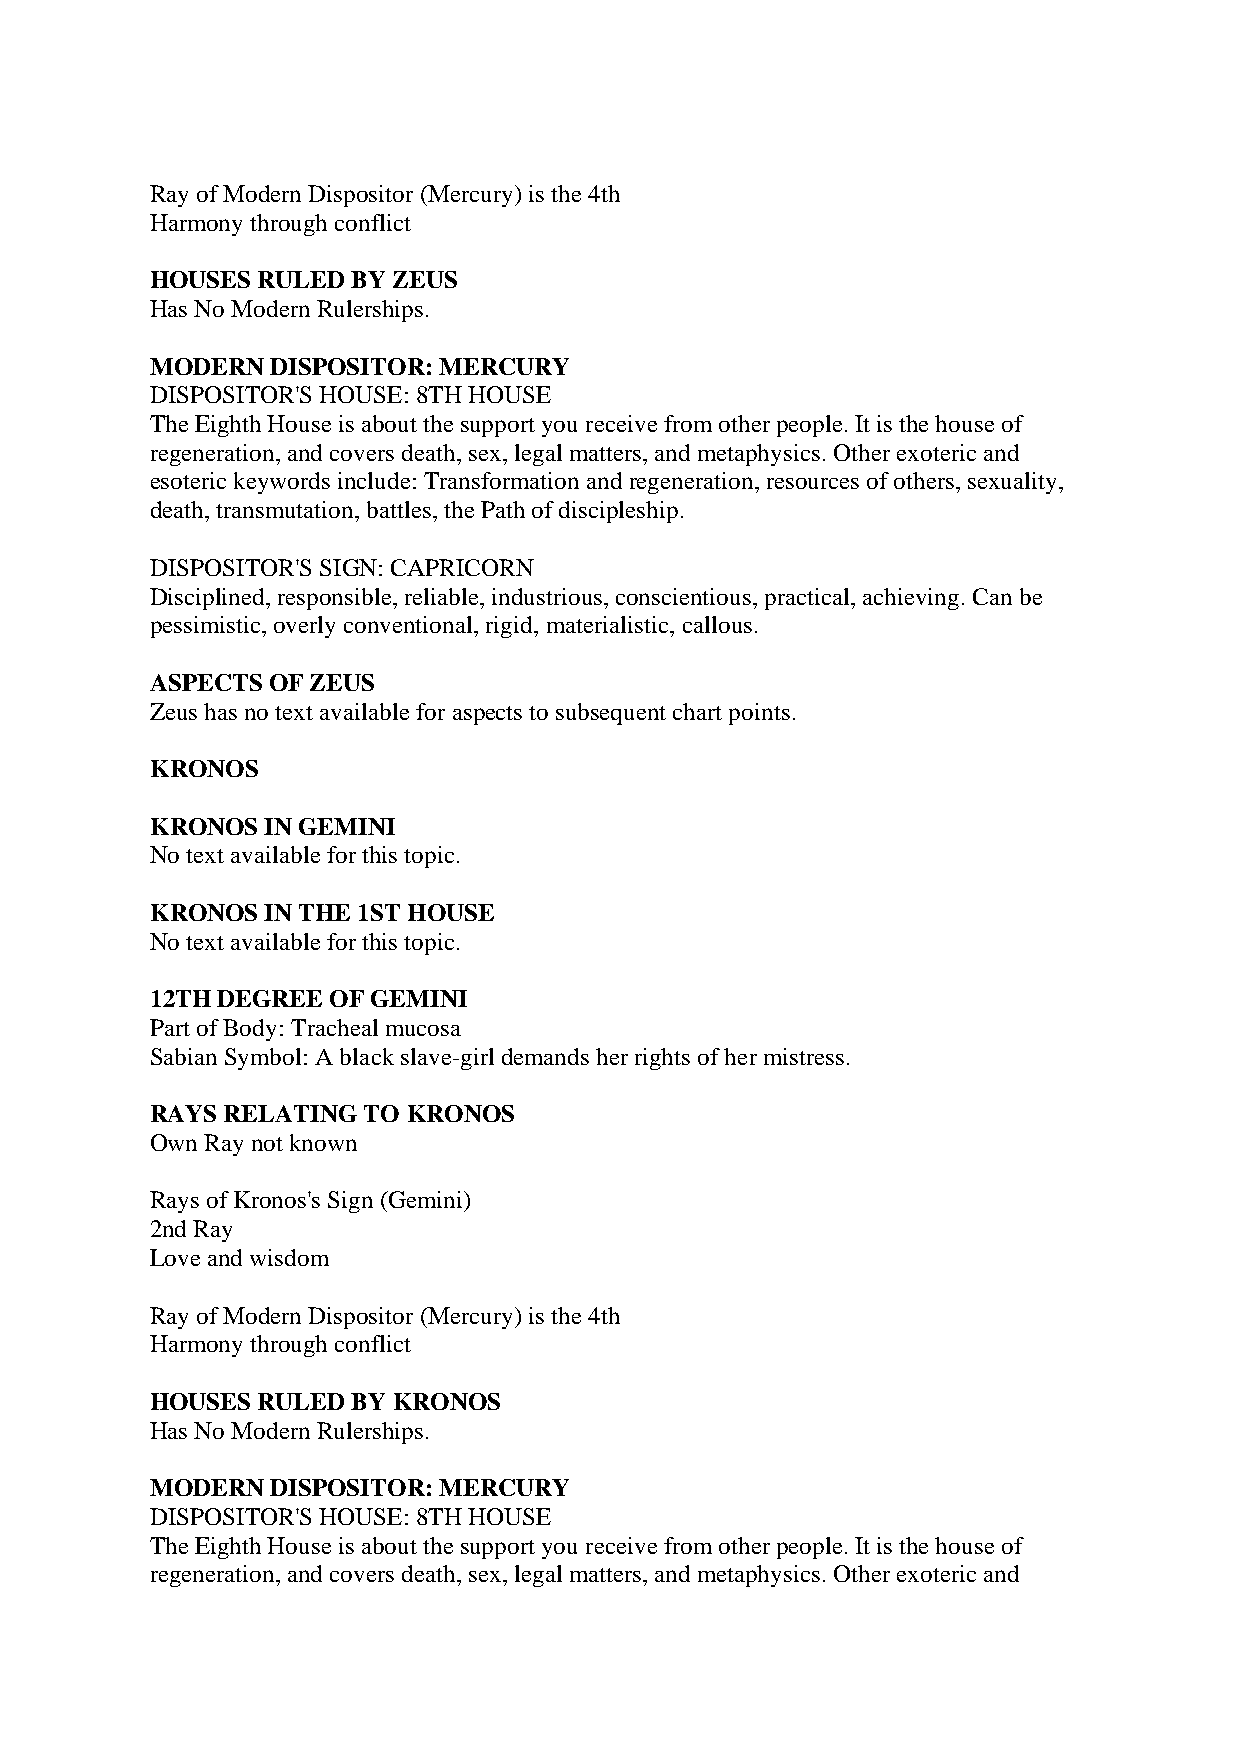
Ray of Modern Dispositor (Mercury) is the 4th
 Harmony through conflict
 HOUSES RULED BY ZEUS
 Has No Modern Rulerships.
 MODERN  DISPOSITOR: MERCURY
 DISPOSITOR'S HOUSE: 8TH HOUSE
 The Eighth House is about the support you receive from other people. It is the house of
 regeneration, and covers death, sex, legal matters, and metaphysics. Other exoteric and
 esoteric keywords include: Transformation and regeneration, resources of others, sexuality,
 death, transmutation, battles, the Path of discipleship.
 DISPOSITOR'S SIGN: CAPRICORN
 Disciplined, responsible, reliable, industrious, conscientious, practical, achieving. Can be
 pessimistic, overly conventional, rigid, materialistic, callous.
 ASPECTS OF ZEUS
 Zeus has no text available for aspects to subsequent chart points.
 KRONOS
 KRONOS  IN GEMINI
 No text available for this topic.
 KRONOS  IN THE 1ST HOUSE
 No text available for this topic.
 12TH DEGREE OF GEMINI
 Part of Body: Tracheal mucosa
 Sabian Symbol: A black slave-girl demands her rights of her mistress.
 RAYS RELATING TO KRONOS
 Own Ray not known
 Rays of Kronos's Sign (Gemini)
 2nd Ray
 Love and wisdom
 Ray of Modern Dispositor (Mercury) is the 4th
 Harmony through conflict
 HOUSES RULED BY KRONOS
 Has No Modern Rulerships.
 MODERN  DISPOSITOR: MERCURY
 DISPOSITOR'S HOUSE: 8TH HOUSE
 The Eighth House is about the support you receive from other people. It is the house of
 regeneration, and covers death, sex, legal matters, and metaphysics. Other exoteric and